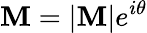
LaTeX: \mathbf{M}=|\mathbf{M}|e^{i\theta}